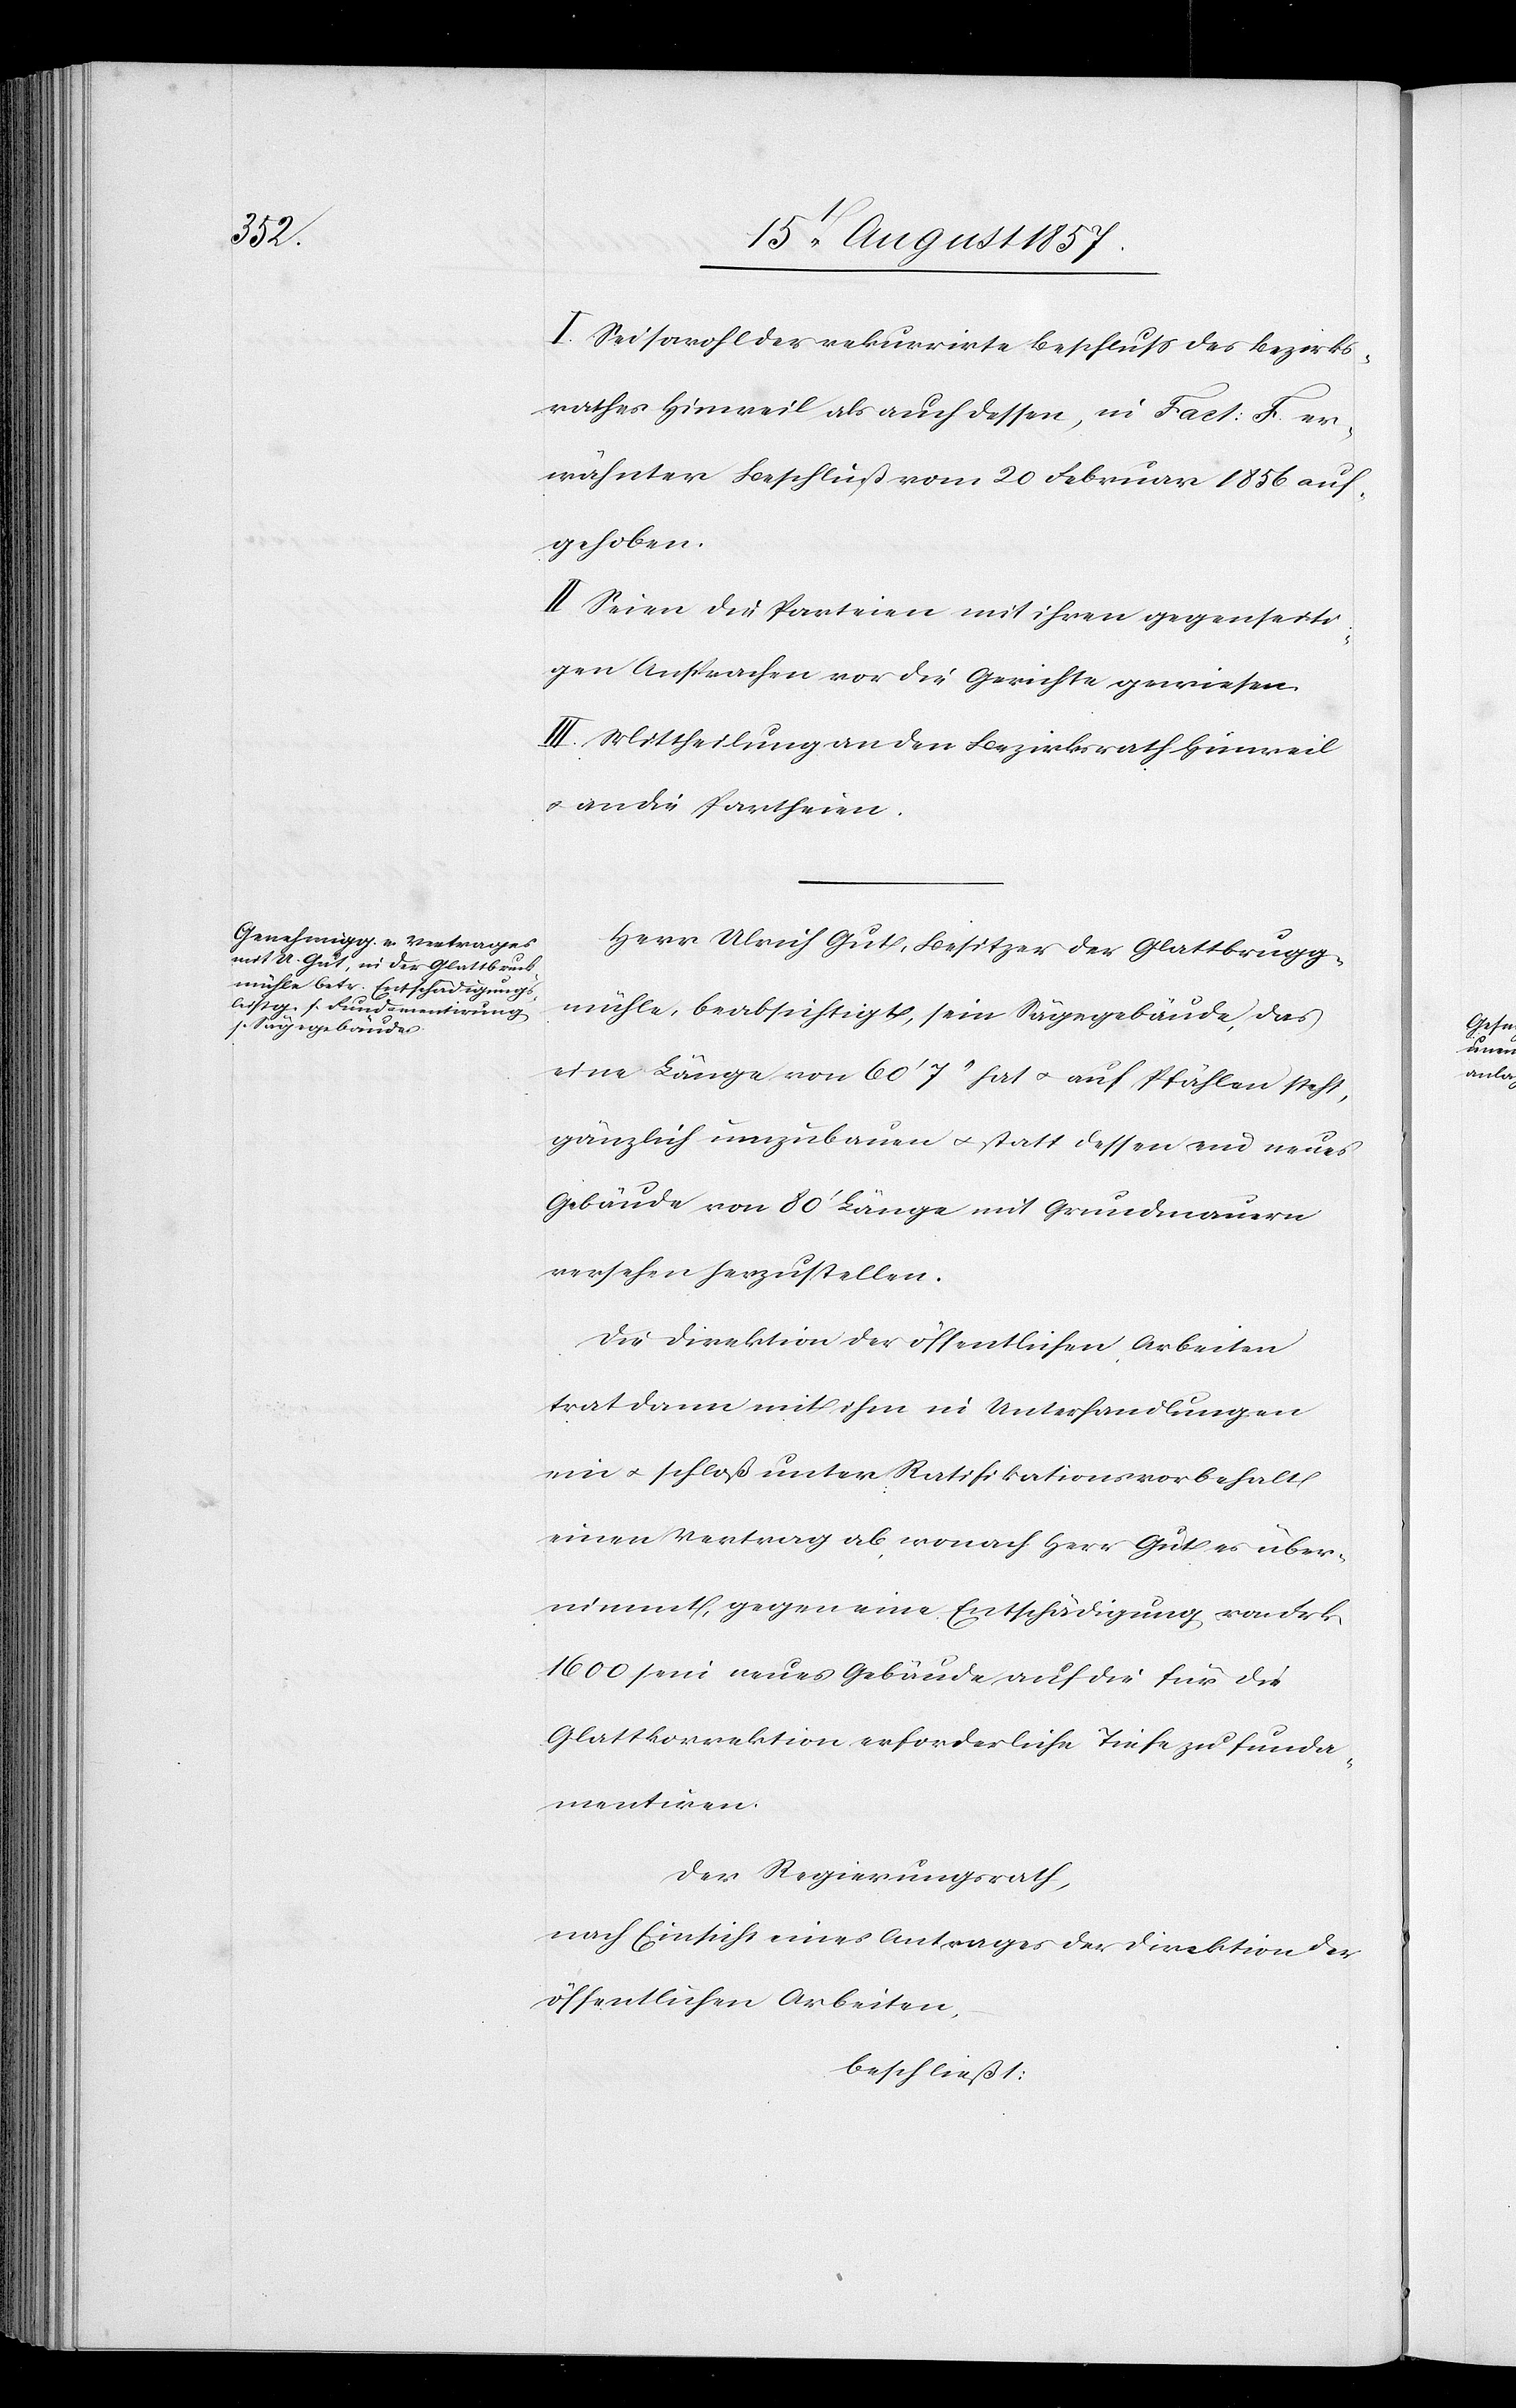
I. Sei sowohl der rekurrirte Beschluß des Bezirks¬
rathes Hinweil als auch dessen, in Fact: F er¬
wähnter Beschluß vom 20 Februar 1856 auf¬
gehoben.
II. Seien die Parteien mit ihren gegenseiti¬
gen Ansprachen vor die Gerichte gewiesen.
III. Mittheilung an den Bezirksrath Hinweil
& an die Partheien.
Herr Ulrich Gut, Besitzer der Glattbrugg¬
mühle, beabsichtigt, sein Sägegebäude das
eine Länge von 60’ 7“ hat & auf Pfählen steht,
gänzlich umzubauen & statt dessen ein neues
Gebäude von 80’ Länge mit Grundmauern
versehen herzustellen.
Die Direktion der öffentlichen Arbeiten
trat dann mit ihm in Unterhandlungen
ein & schloß unter Ratifikationsvorbehalt
einen Vertrag ab wonach Herr Gut über¬
nimmt, gegen eine Entschädigung von Frk.
1600 sein neues Gebäude auf die für die
Glattkorrektion erforderliche Tiefe zu funda¬
mentiren.
Der Regierungsrath,
nach Einsicht eines Antrages der Direktion der
öffentlichen Arbeiten,
beschließt: